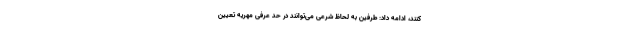
کنند، ادامه داد: طرفین به لحاظ شرعی می‌توانند در حد عرفی مهریه تعیین